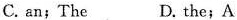
C. an; The D. the; A